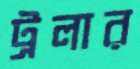
ট্রলার